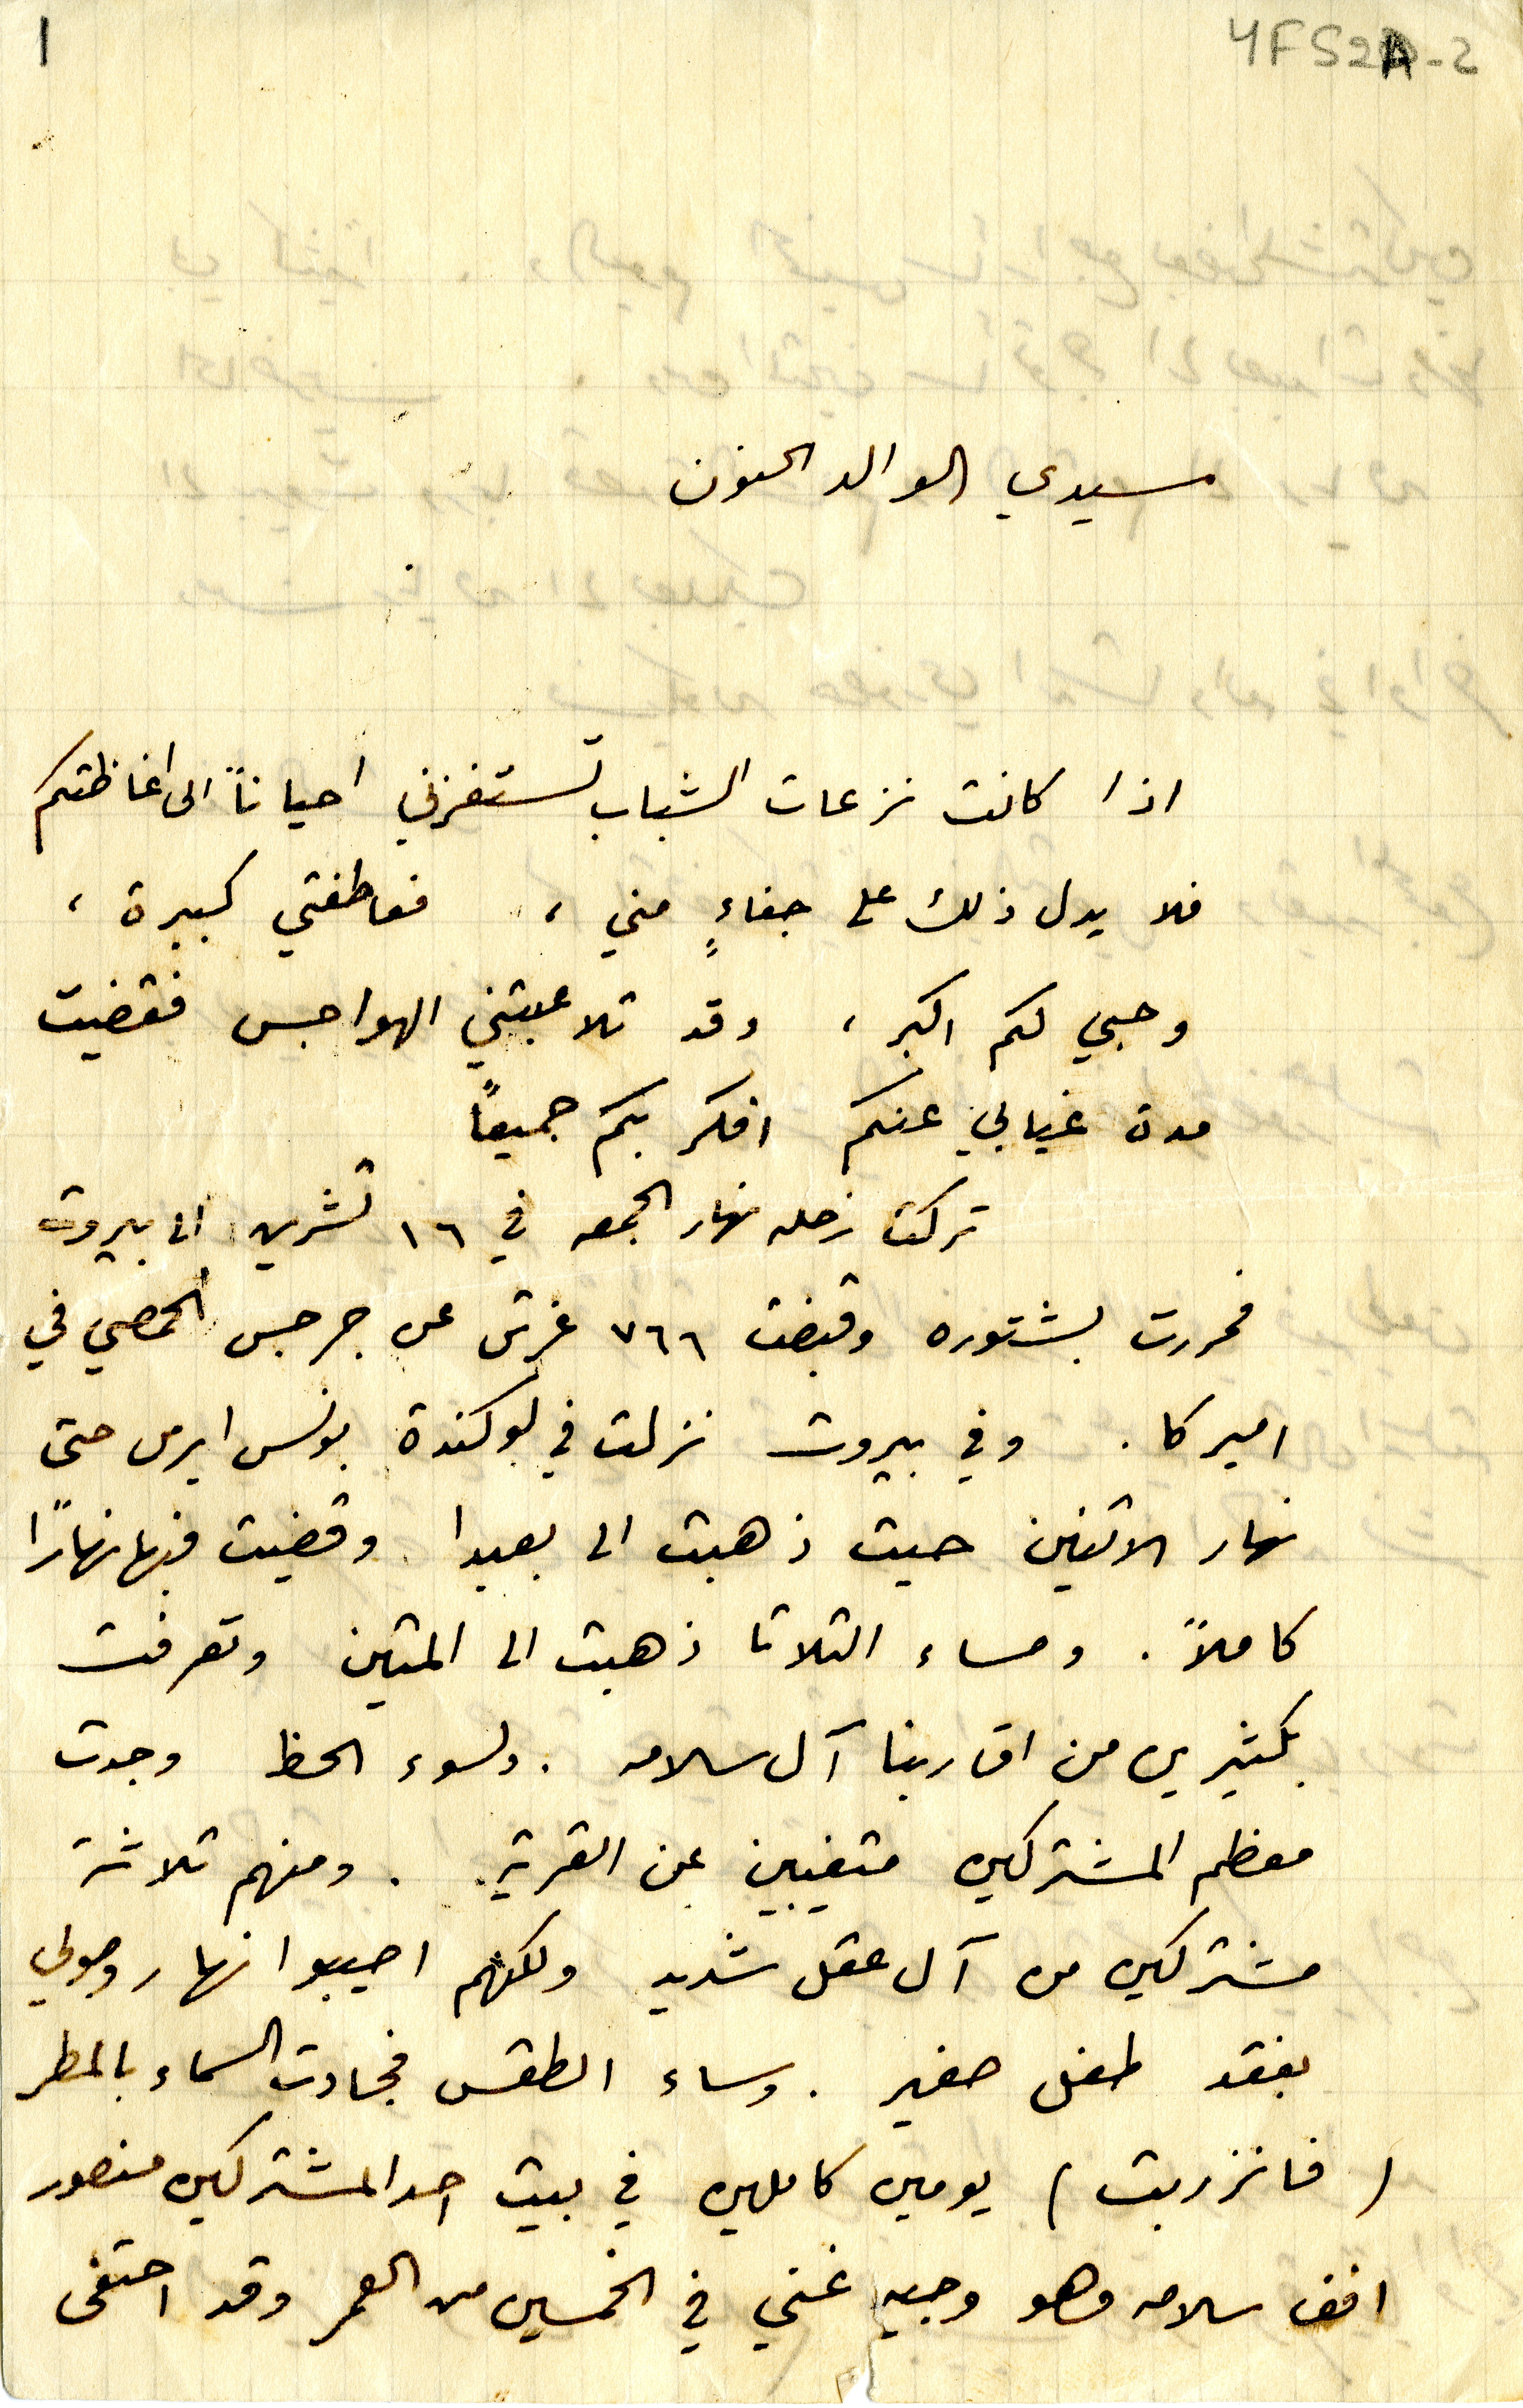
YFS2A-2
سيدي الوالد الحنون
اذا كانت نزعات الشباب تستفزني احياناً الى اغاظتكم
فلا يدل ذلك الى جفاءٍ مني، فعاطفتي كبيرة،
وحبي لكم اكبر ، وقد تلاعبتني الهواجس فقضيت
مدة غيابي عنكم افكر بكم جميعاً
تركت زحله نهار الجمعه في ١٦ تشرين الى بيروت
فمررت بشتوره وقبضت ٧٦٦ غرش من جرجس الحمصي في
اميركا. وفي بيروت نزلت في لوكندة بونس ايرس حتى
نهار الاثنين حيث ذهبت الى بعبدا . وقضيت فيها نهاراً
كاملاً. ومساء التلاتا ذهبت الى المتين وتعرفت
بكثيرين من اقاربنا آل سلامه. ولسوء الحظ وجدت
معظم المشتركين متغيبين عن القرية. ومنهم ثلاثة
مشتركين من آل عقل شديد ولكنهم اصيبو نهار وصولي
بفقد طفل صغير. وساء الطقس فجادت السماء بالمطر
(فانزربت) يومين كاملين في بيت احد المشتركين منصور
افف سلامه وهو وجيه غني في الخمسين من العمر وقد احتفى